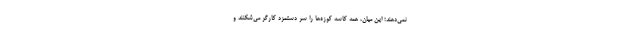
نمی‌دهند؛ این میان، همه کاسه کوزه‌ها را سر دستمزد کارگر می‌شکنند و